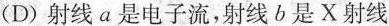
(D)射线a是电子流，射线b是X射线